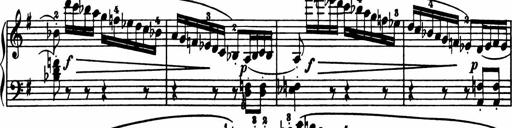
Title: Sonatina in G major
Composer: Friedrich Kuhlau
Key: G major